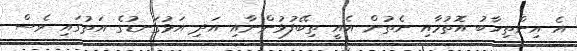
އެ އިންތިހާބު އޮތުމާއި ނެތުން އެއީ ތިބޭފުޅުންނާއި އަދި އަޅުގަނޑުގެ އަތުގައި ވެސް